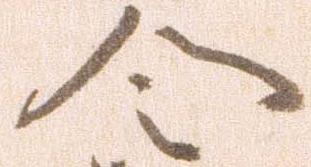
令